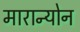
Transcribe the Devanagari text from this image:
मारान्योन